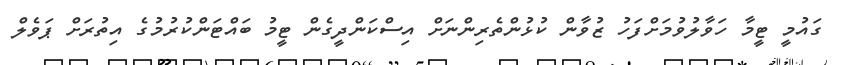
ގައުމީ ޓީމާ ހަވާލުވުމަށްފަހު ޒުވާން ކުޅުންތެރިންނަށް އިސްކަންދީގެން ޓީމު ބައްޓަންކުރުމުގެ އިތުރަށް ޕަވެލް